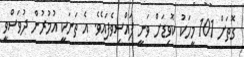
ގޮތަށް 101 މީހަކު ކޮވިޑަށް ވަނީ ފައްސިވެފައެވެ. އެ ތަނަކީ އުމުރުން ދުވަސްވީ